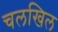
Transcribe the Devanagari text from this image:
चलखिल